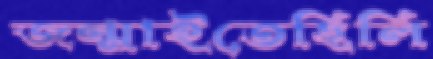
জন্মাইতেছিলি